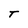
Character: T